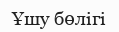
Ұшу бөлігі